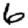
Digit: 6